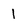
Character: l